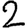
Digit: 2